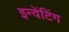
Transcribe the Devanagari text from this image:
इन्वेंटिंग